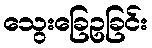
သွေးခြေဥခြင်း